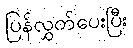
ပြန်လွှတ်ပေးပြီး